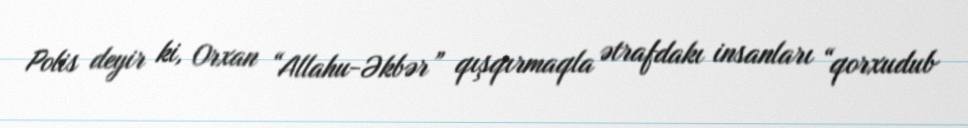
Polis deyir ki, Orxan “Allahu-Əkbər” qışqırmaqla ətrafdakı insanları “qorxudub